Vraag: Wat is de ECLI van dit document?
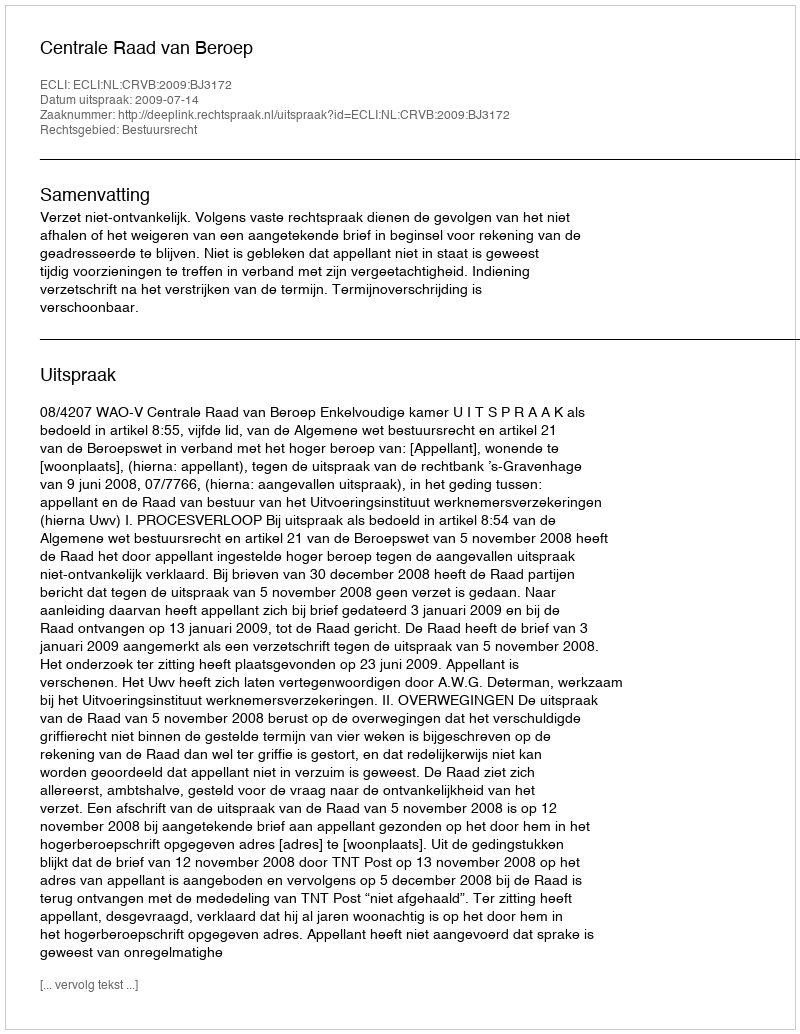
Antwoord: ECLI:NL:CRVB:2009:BJ3172